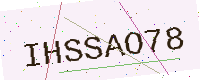
Text: IHSSAO78